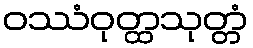
ဝဿံဝုတ္ထသုတ္တံ